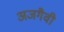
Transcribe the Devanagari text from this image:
अजगैवी